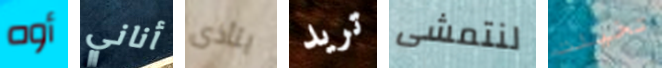
أوه أناني يتأذى تريد لنتمشى تخيلت